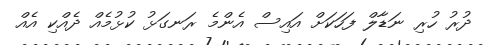
ދުރު ހުރި ނަޑާލް ފަހަކަށް އައިސް އެންމެ ރަނގަޅު ކުޅުމެއް ދެއްކި އެއް